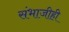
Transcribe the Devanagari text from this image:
संभाजीही